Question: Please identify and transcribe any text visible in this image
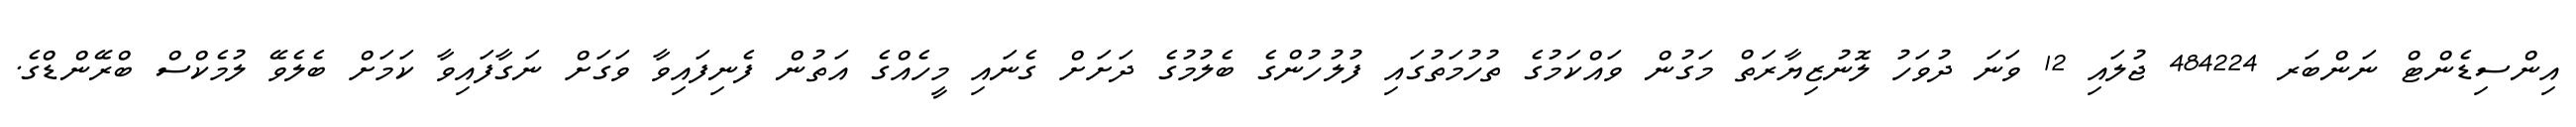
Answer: އިންސިޑެންޓް ނަންބަރ 484224 ޖުލައި 12 ވަނަ ދުވަހު ލޮނުޒިޔާރަތް މަގުން ވައްކަމުގެ ތުހުމަތުގައި ފުލުހުންގެ ބެލުމުގެ ދަށަށް ގެނައި މީހެއްގެ އަތުން ފެނިފައިވާ ވަގަށް ނަގާފައިވާ ކަމަށް ބެލެވޭ ލުމެކްސް ބްރޭންޑްގެ.